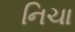
નિચા